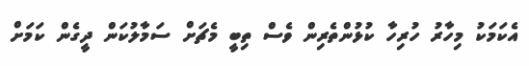
އެކަމަކު މިހާރު ހުރިހާ ކުޅުންތެރިން ވެސް ތިބީ މެޗަށް ސަމާލުކަން ދީގެން ކަމަށް